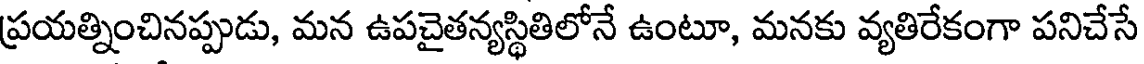
ప్రయత్నించినప్పుడు, మన ఉపచైతన్యస్థితిలోనే ఉంటూ, మనకు వ్యతిరేకంగా పనిచేసే